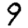
Digit: 9